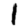
Digit: 1